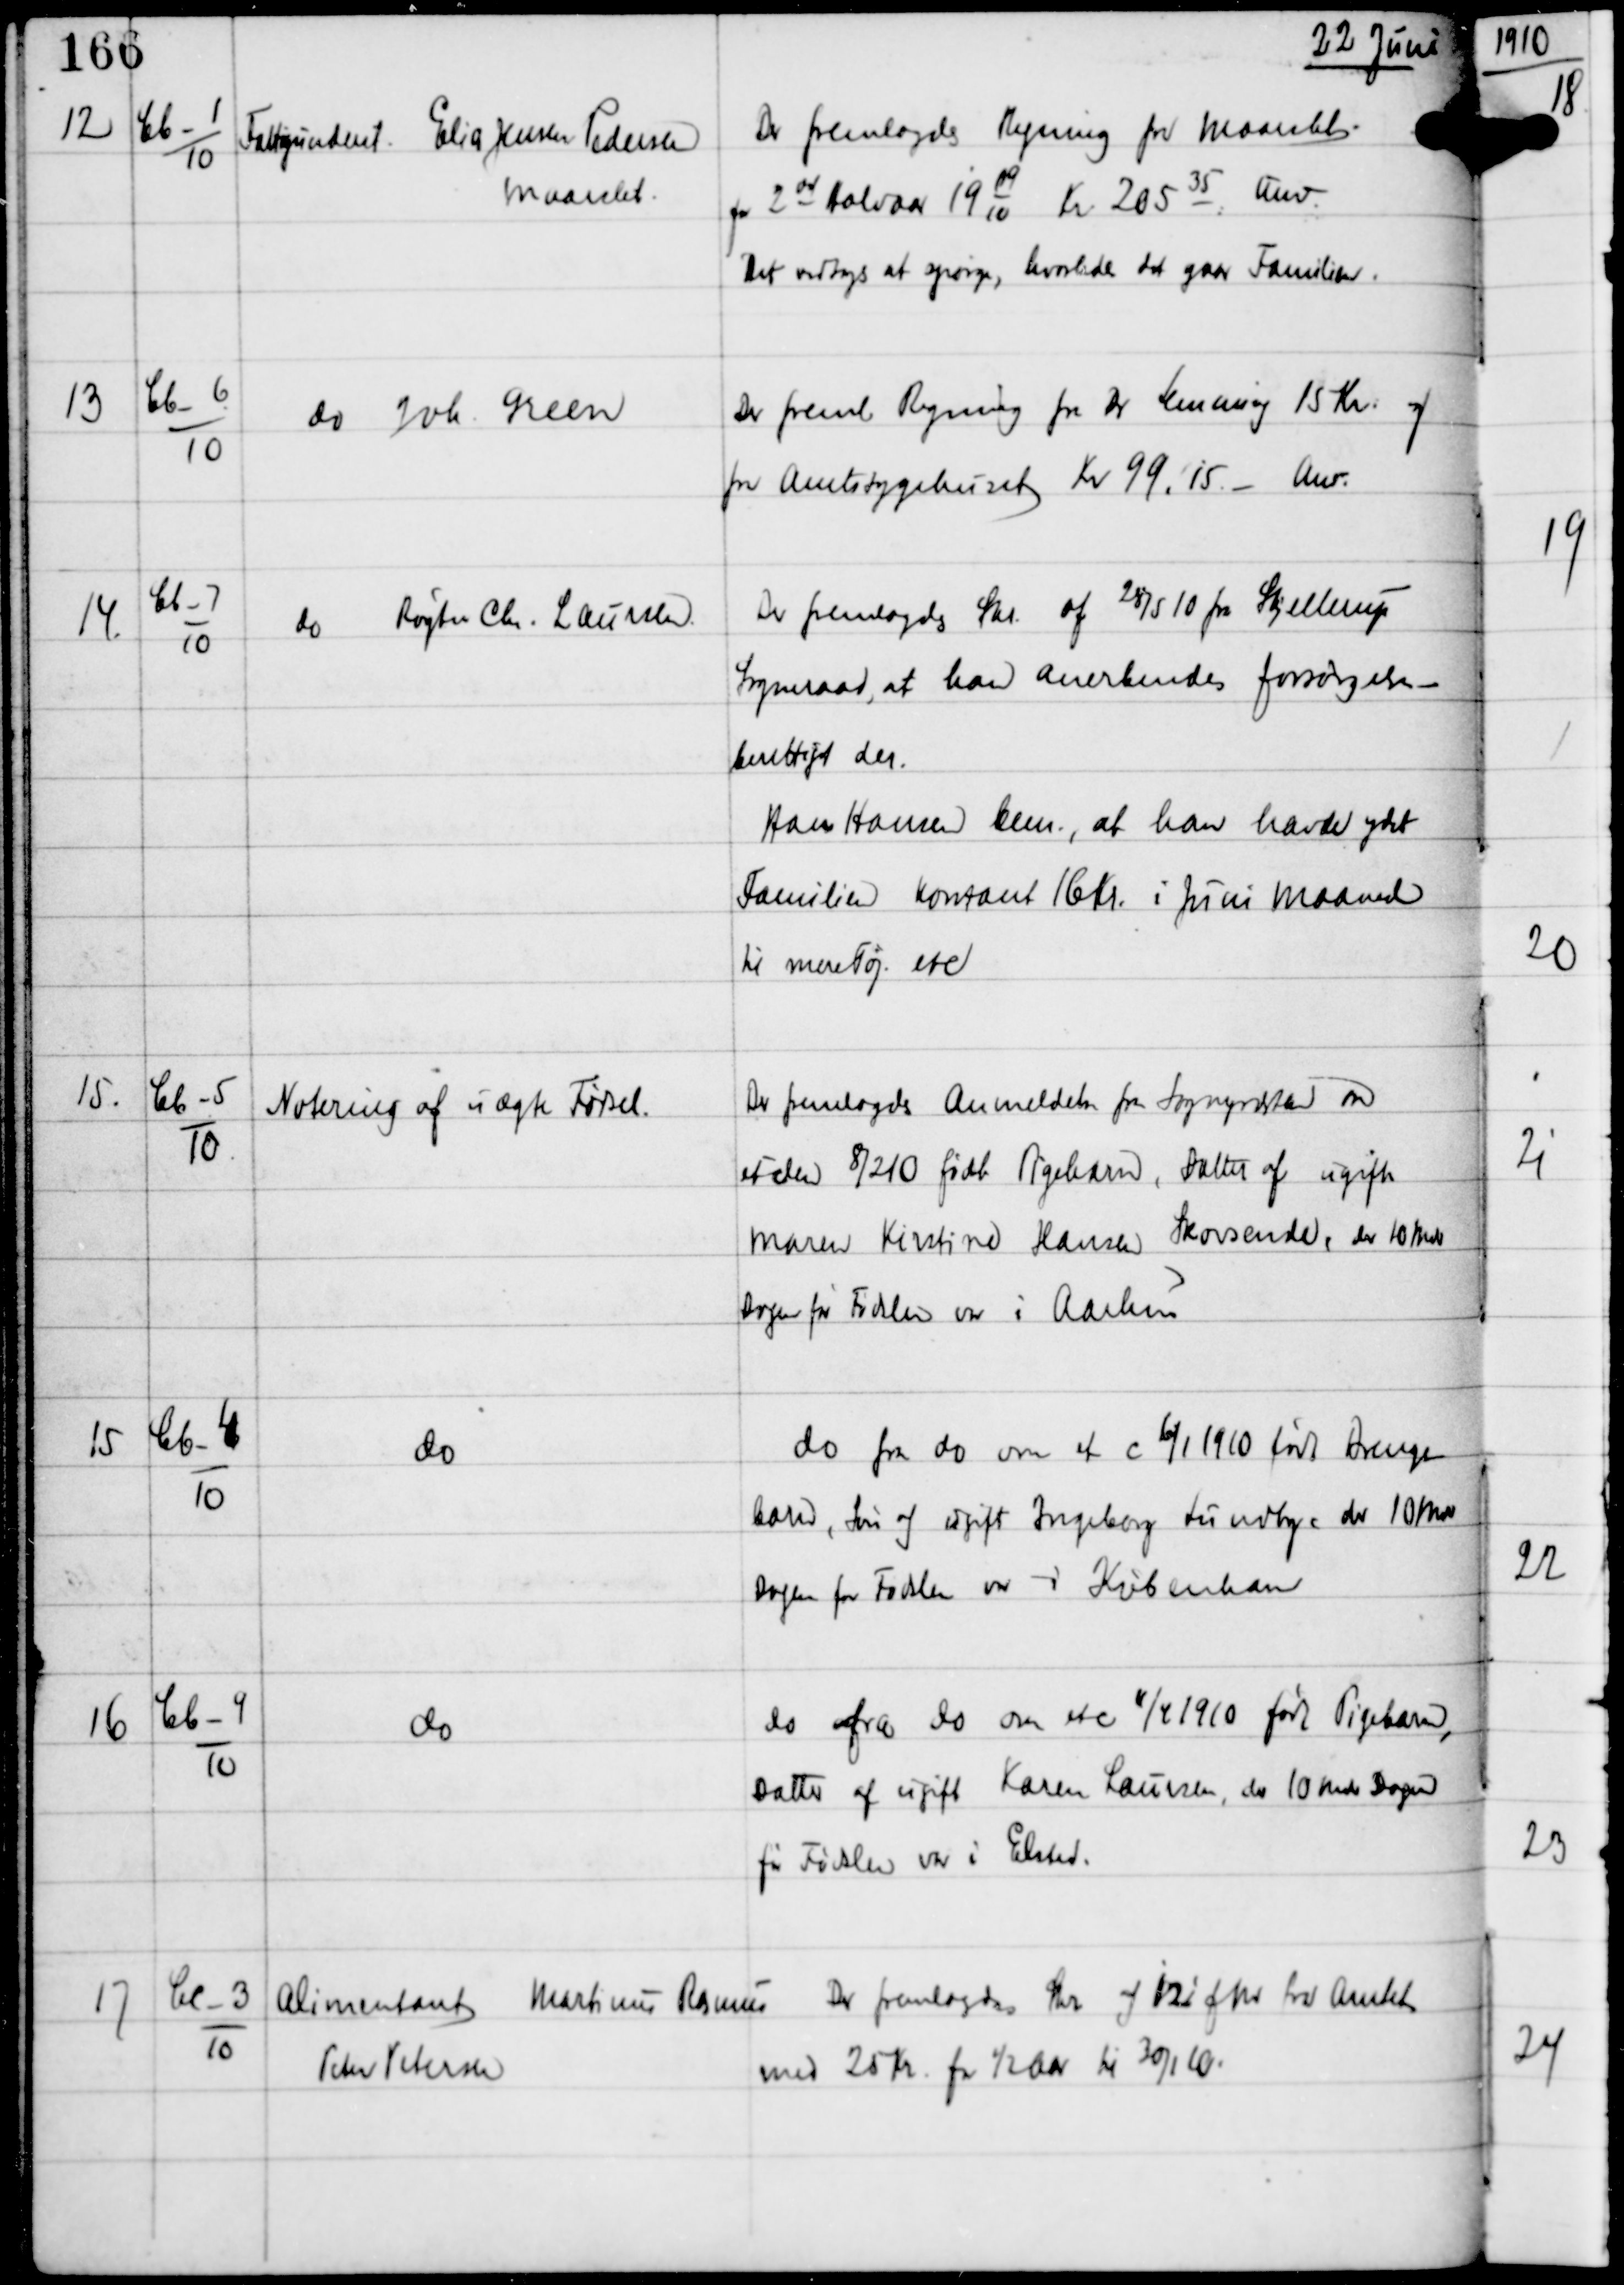
Transskription:
22 Juni

12

Cb-1
10

Fattigunderst Elias Jensen Pedersen
Maarslet.

Der fremlagdes Regning fra Maarslet
for 2 det Halvaar 19
09
10
Kr 20535.
Anv.
Det vedtoges at spørge hvorledes det gaar Familien.

13

Cb-6
10

do Joh. Green

Der freml Regning fra Dr Lemming 15 Kr og
fra Amtsygehuset Kr 99.15 -
Anv.

14.

Cb-7
10

do Røgter Chr. Laursen

Der fremlagdes Skr af 28/5 10 fra Skjellerup
Sogneraad, at han anerkendes forsørgelses-
berettiget der.
Hans Hansen bem., at han havde ydet
Familien kontant 16 Kr i Juni Maaned
til mere Tøj etc

15.

Cb-5
10

Notering af uægte Fødsel

Der fremlagdes Anmeldelse fra Sognepræsten om
et den 8/2 10 født Pigebarn, Datter af ugifte
Maren Kirstine Hansen Skovsende, der 10 mdr
Dagen før Fødslen var i Aarhus

15

Cb-4
10

do

do fra do om et c 6/1 1910 født Drenge-
barn, Søn af ugift Ingeborg Lundby, der 10 mdr
Dagen for Fødslen var i København

16

Cb-9
10

do

do fra do om et c 11/4 1910 født Pigebarn,
Datter af ugift Karen Laursen, der 10 mdr Dagen
før Fødslen var i Elsted.

17

Cc-3
10

Alimentant Martinus Rasmus
Peter Petersen

Der fremlagdes Skr af 12 i fm fra Amtet
med 25 Kr for ½ Aar til 30/1 10.